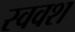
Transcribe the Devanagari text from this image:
स्ववश